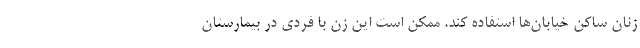
زنان ساکن خیابان‌ها استفاده کند. ممکن است این زن با فردی در بیمارستان